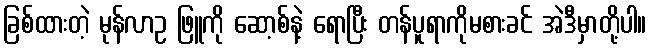
ခြစ်ထားတဲ့ မုန်လာဥ ဖြူကို ဆော့စ်နဲ့ ရောပြီး တန်ပူရာကိုမစားခင် အဲဒီမှာတို့ပါ။